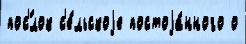
пос'́лок с'е́льскоjе постоjа́нного о